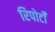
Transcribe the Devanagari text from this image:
रिपोर्टोँं